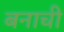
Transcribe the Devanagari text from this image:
बनाची